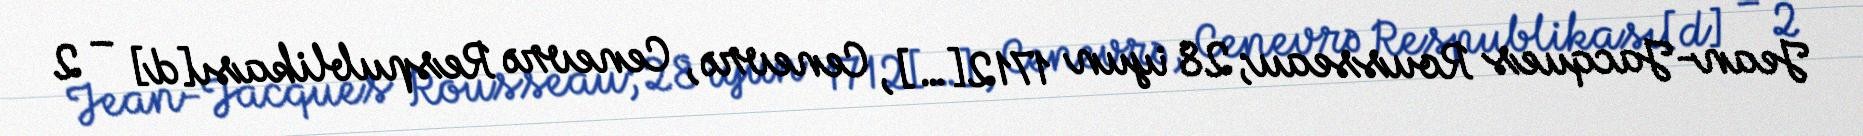
Jean-Jacques Rousseau; 28 iyun 1712[…], Cenevrə, Cenevrə Respublikası[d] – 2